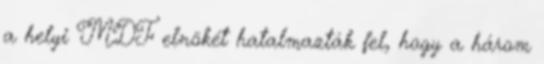
a helyi MDF elnökét hatalmazták fel, hogy a három